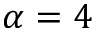
\alpha = 4